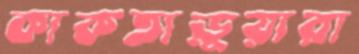
কাকতাড়ুয়ারা